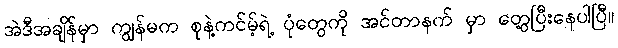
အဲဒီအချိန်မှာ ကျွန်မက စုနဲ့ကင်မ့်ရဲ့ ပုံတွေကို အင်တာနက် မှာ တွေ့ပြီးနေပါပြီ။